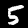
Digit: 5